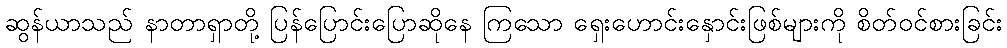
ဆွန်ယာသည် နာတာရှာတို့ ပြန်ပြောင်းပြောဆိုနေ ကြသော ရှေးဟောင်းနှောင်းဖြစ်များကို စိတ်ဝင်စားခြင်း